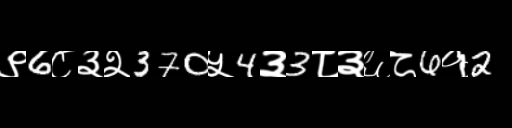
Text: ९6८३२370५4३3८३६८6१2